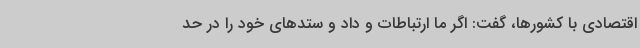
اقتصادی با کشورها، گفت: اگر ما ارتباطات و داد و ستدهای خود را در حد